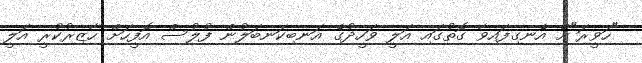
"ހަވީރަ"ށް އެނގިފައިވާ ގޮތުގައި އަލީ ވަހީދުގެ އަނބިކަނބަލުން ފުލުސް އޮފީހަށް ހާޒިރުކުރީ އަލީ